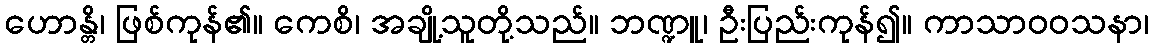
ဟောန္တိ၊ ဖြစ်ကုန်၏။ ကေစိ၊ အချို့သူတို့သည်။ ဘဏ္ဍူ၊ ဦးပြည်းကုန်၍။ ကာသာဝဝသနာ၊